Report of the Indian Hemp Drugs Commission, 1894-1895 - Volume VII
Year: 1894
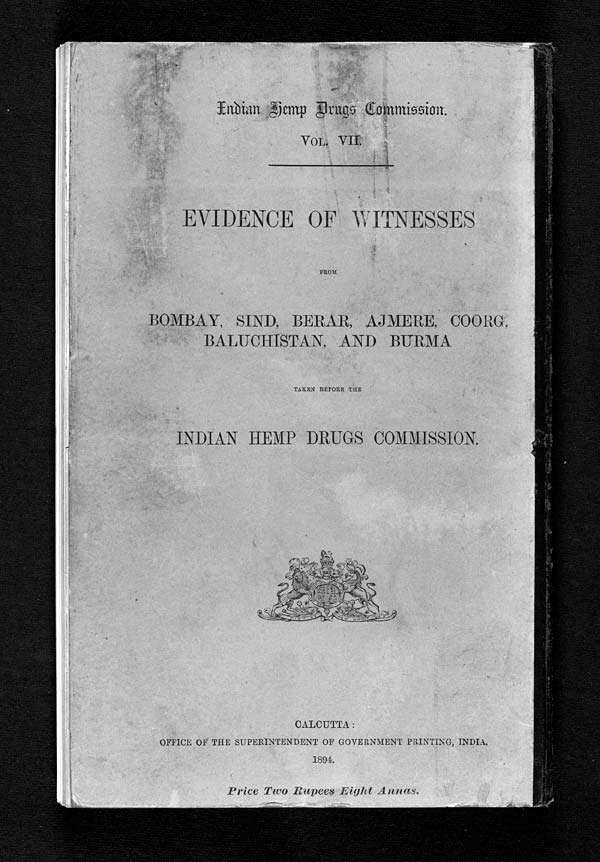
VOL. VII.
EVIDENCE OF WITNESSES
M
BOMBAY, SIND, BERAR, AJMERE, COORG,
BALUCHISTAN, AND BURMA.
TAKEN BEFORE THE
INDIAN HEMP DRUGS COMMISSION.
CALCUTTA
OFFICE OF THE SUPERINTENDENT OF GOVERNMENT PRINTING, INDIA.
1894
Price Two Rupees Eight Annas.